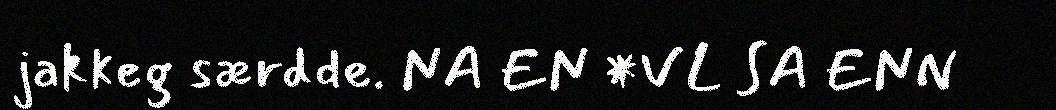
jakkeg særdde. NA EN *VL SA ENN